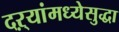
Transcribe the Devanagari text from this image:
दऱ्यांमध्येसुद्धा